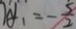
y _ { 1 } = - \frac { 5 } { 2 }